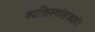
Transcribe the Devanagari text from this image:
व्यक्तिस्वांतत्र्यही